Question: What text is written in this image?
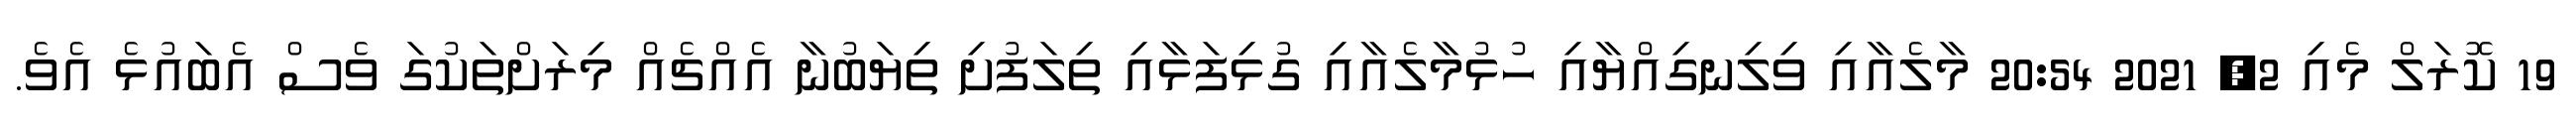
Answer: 19 ކޮރަލް މެއި 2, 2021 20:54 މާލެއާއި ވިލިނގިއްޔާއި ހުޅުމާލެއާއި ގުޅިފަޅާއި ތިލަފުށި ތިޔަބުނާ އެއްޗެއް މިރަށްތަކުގަ ވެސް އެބައުޅެ އެވެ.